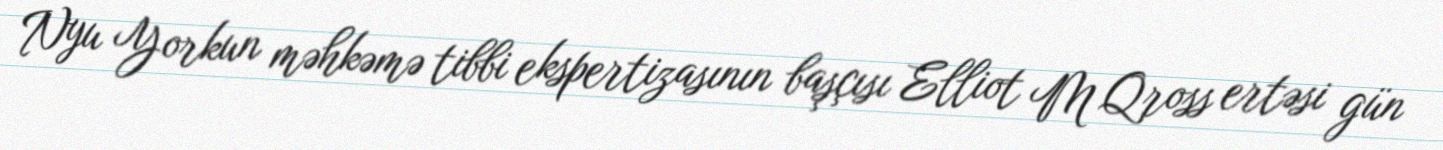
Nyu Yorkun məhkəmə tibbi ekspertizasının başçısı Elliot M Qross ertəsi gün